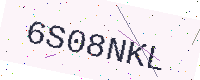
Text: 6S08NKL